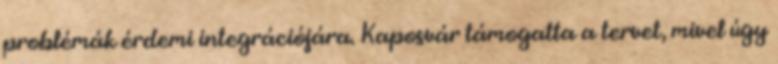
problémák érdemi integrációjára. Kaposvár támogatta a tervet, mivel úgy